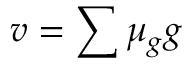
v = \sum \mu _ { g } g